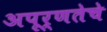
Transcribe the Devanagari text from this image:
अपूर्णतेचे